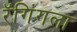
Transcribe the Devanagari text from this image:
रॅगिंगला